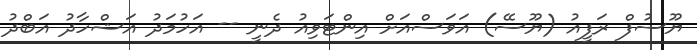
ޔޫސުފް ރަފީއު (ޔޫސޭ) އަވަސްއަށް އިންޓަވިއު ދެނީ -- އަހުމަދު އަޝްހާދު އަބްދު